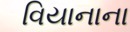
વિયાનાના